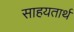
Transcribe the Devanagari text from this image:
साहयतार्थ